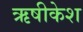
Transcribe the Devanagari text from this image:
ऋषीकेश